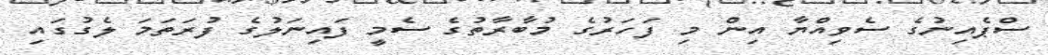
ސްޕެއިނުގެ ސެވިއްޔާ އިން މި ފަހަރުގެ މުބާރާތުގެ ސެމީ ފައިނަލުގެ ފުރަތަމަ ލެގުގައި